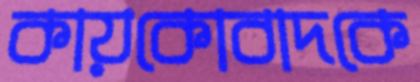
কায়কোবাদকে